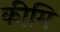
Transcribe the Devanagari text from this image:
कीमि